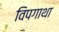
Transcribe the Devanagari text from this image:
विपगाथा